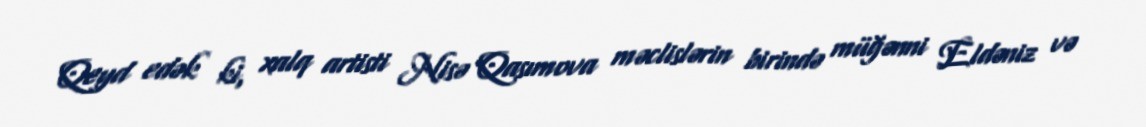
Qeyd edək ki, xalq artisti Nisə Qasımova məclislərin birində müğənni Eldəniz və